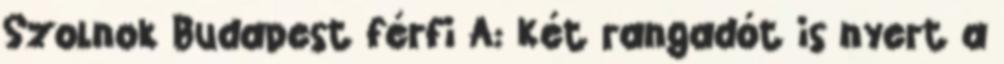
Szolnok Budapest férfi A: Két rangadót is nyert a